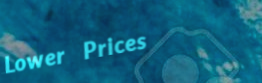
Lower Prices